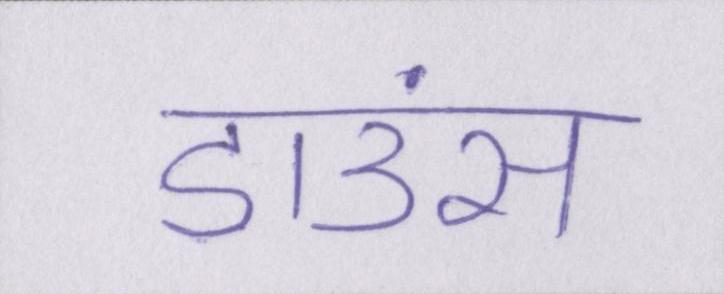
डाउंस